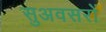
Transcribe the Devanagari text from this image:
सुअवसरों